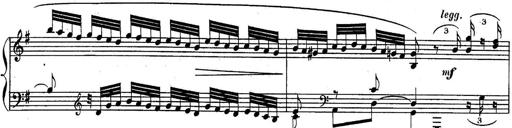
Title: Sonatina for Piano
Composer: BÃ©la BartÃ³k